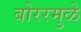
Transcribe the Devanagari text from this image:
बोररमुळे